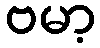
ဗမာ့